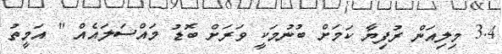
3.4 މިލިއަން ރުފިޔާ ކަމަށް ބުނުމަކީ ވަރަށް ބޮޑު މައްސަލައެއް " އަމީތު